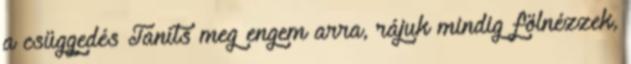
a csüggedés Taníts meg engem arra, rájuk mindig fölnézzek,